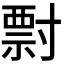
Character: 𡬽